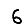
Digit: 6